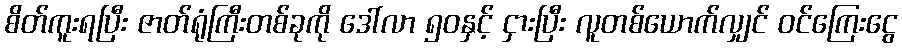
စိတ်ကူးရပြီး ဇာတ်ရုံကြီးတစ်ခုကို ဒေါ်လာ ၅၀နှင့် ငှားပြီး လူတစ်ယောက်လျှင် ဝင်ကြေးငွေ